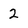
Character: 2